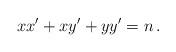
LaTeX: \begin{align*}xx'+xy'+yy'=n\,.\end{align*}